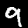
Digit: 9